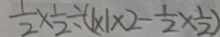
\frac { 1 } { 2 } \times \frac { 1 } { 2 } \div ( 1 \times 1 \times 2 - \frac { 1 } { 2 } \times \frac { 1 } { 2 } )